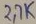
Text: 2.7K